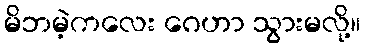
မိဘမဲ့ကလေး ဂေဟာ သွားမလို့။